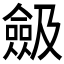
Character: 𠐖